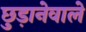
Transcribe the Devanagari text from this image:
छुड़ानेवाले